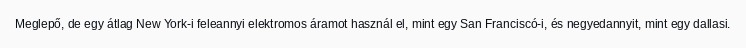
Meglepő, de egy átlag New York-i feleannyi elektromos áramot használ el, mint egy San Franciscó-i, és negyedannyit, mint egy dallasi.